65_HS1-834228961_62-HQ-83894_Section_3
Agency: FBI
Page 82
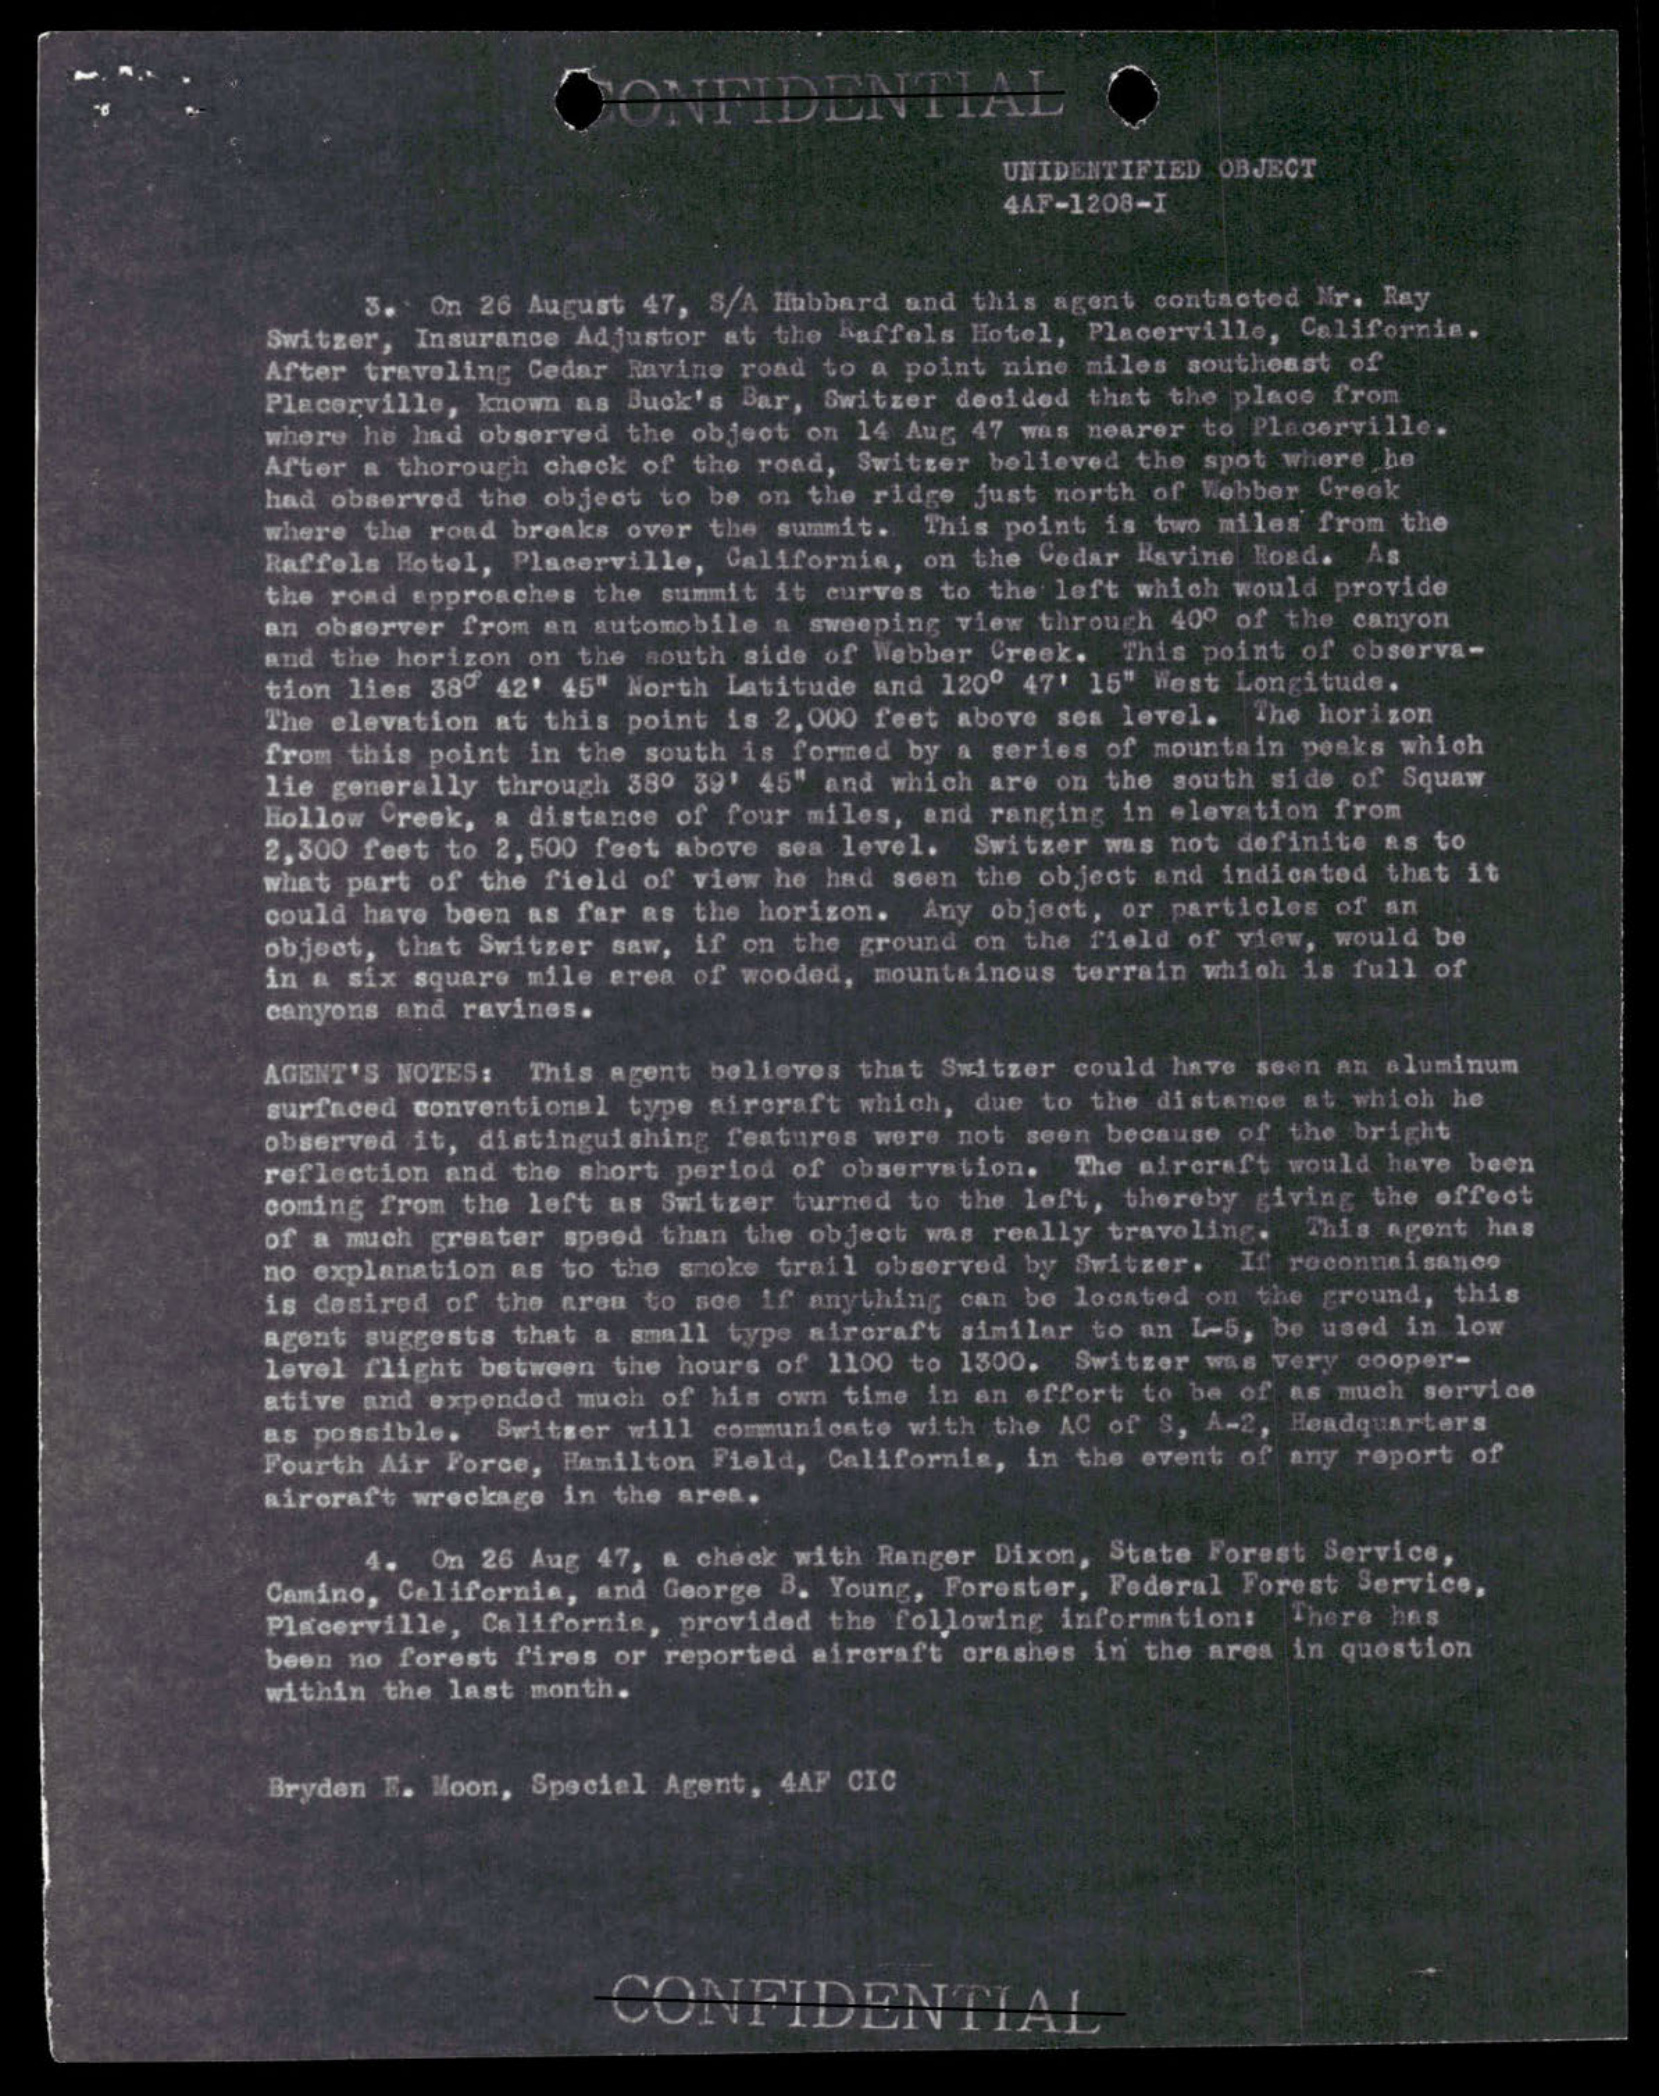